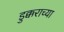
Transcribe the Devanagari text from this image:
डुक्कराच्या